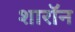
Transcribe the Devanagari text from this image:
शारॉन